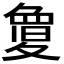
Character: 𭐬